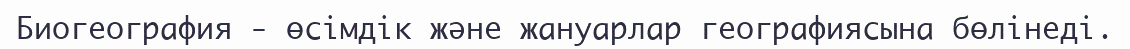
Биогеография - өсімдік және жануарлар географиясына бөлінеді.